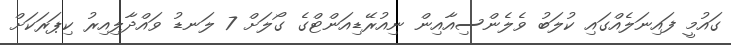
ގައުމީ ފައިނަލެއްގައި ކުލަބު ވެލެންސިއާއިން ނިއުރޭޑިއަންޓްގެ ގޯލަށް 7 ލަނޑު ވައްދާލިއިރު ކިޕަރަކަށް